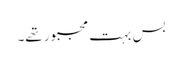
بس بہت مجبور تھے۔